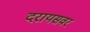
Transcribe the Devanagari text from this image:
दरायसवर